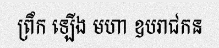
ព្រឹក ឡើង មហា ឧបរាជកន